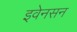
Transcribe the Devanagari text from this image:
इवेनसन